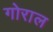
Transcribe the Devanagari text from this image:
गोराल